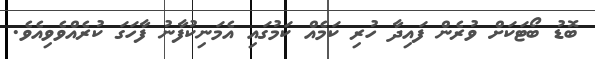
ބޮޑު ބޯޓަކަށް ވުރެން ފައިދާ ހުރި ކަމެއް ކަމުގައި އެމަނިކުފާނު ފާހަގަ ކުރެއްވެވިއެވެ.